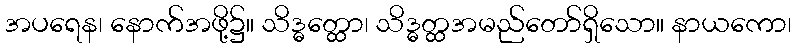
အပရေန၊ နောက်အဖို့၌။ သိဒ္ဓတ္ထော၊ သိဒ္ဓတ္ထအမည်တော်ရှိသော။ နာယကော၊